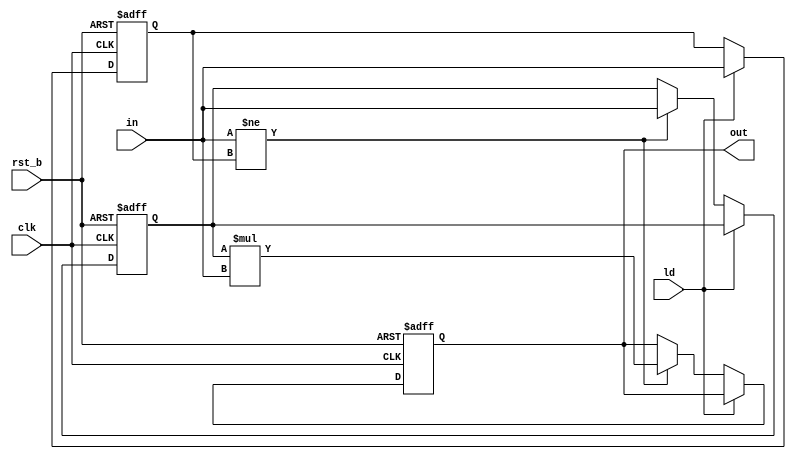
/* Construiti un modul ce inmulteste ultimele 2 valori primite la intrarea pe w biti (parametru, implicit 4), sincron, la fiecare front crescator al semnalului de clk.
Modulul va ignora valori, initial specificat prin parametrul ign, implicit 0. 
Modulul va avea incarcare asincrona, prin intermediul intrarii ld, activa la 1, moment in care, valoarea de la intrare va fi noua valoare de ignorat.
Modulul va avea reset asincron, prin intermediul intrarii rst_b, activa la 0. 
La reset, modulul va reseta valoarea de la iesire si ultima valoare primita pe 0, iar valoare de ignorat inapoi la valoarea parametrului ign. */
module mult_last2 #(
    parameter w = 4,
    parameter ign = 0
)(
    input [w-1:0] in,
    input clk,
    input ld,
    input rst_b,
    output reg [2*w-1:0] out
);

    reg [w-1:0] last_value = ign; // Initialize with ignore value
    reg [w-1:0] ignore = ign;

    always @(posedge clk or negedge rst_b) begin
        if (!rst_b) begin
            out <= 0;
            last_value <= ign;
            ignore <= ign;
        end else begin
            if (ld) begin
                ignore <= in;
            end else if (in != ignore) begin
                out <= last_value * in;
                last_value <= in;
            end
        end
    end
	initial begin
		out=0;
	end

endmodule



module mult_last2_tb0(output reg[31:0] tests_total, tests_passed);
    reg[3:0] in;
    reg clk, ld, rst_b;
    wire[7:0] act_out;
    reg[7:0] exp_out;
    wire verdict;

    mult_last2 uut(.in(in), .clk(clk), .ld(ld), .rst_b(rst_b), .out(act_out));

    assign verdict = exp_out === act_out;
    initial begin
        clk = 0;
        repeat(34) #2 clk = ~clk;
    end

    initial begin
        $display("TESTBENCH 0: Valori implicite ale parametrilor");
        $display("Time\tclk\tld\trst_b\tin\t\texpected_out\tactual_out\tPassed(1)/Failed(0)");
        $monitor("%4t\t%3b\t%2b\t%5b\t%2d\t\t%12d\t%10d\t%18b", $time, clk, ld, rst_b, in, exp_out, act_out, verdict);
        tests_total = 0;
        tests_passed = 0;
        ld = 0;
        rst_b = 1;
        in = 4'd5;
        exp_out = 8'd0;

        #1;
        tests_total = tests_total + 1;
        tests_passed = tests_passed + verdict;

        #1;
        in = 4'd10;
        exp_out = 8'd0;
        tests_total = tests_total + 1;
        #2;
        tests_passed = tests_passed + verdict;
        
        #2;
        in = 4'd5;
        exp_out = 8'd50;
        tests_total = tests_total + 1;
        #1;
        tests_passed = tests_passed + verdict;
        #3;

        in = 4'd0;
        exp_out = 8'd50;
        tests_total = tests_total + 1;
        #1;
        tests_passed = tests_passed + verdict;

        #3;

        in = 4'd5;
        exp_out = 8'd25;
        tests_total = tests_total + 1;
        #1;
        tests_passed = tests_passed + verdict;

        #3;

        in = 4'd2;
        exp_out = 8'd10;
        tests_total = tests_total + 1;
        #1;
        tests_passed = tests_passed + verdict;

        #2;

        in = 4'd10;
        ld = 1;
        tests_total = tests_total + 1;
        #1;
        tests_passed = tests_passed + verdict;


        in = 4'd5;
        ld = 0;
        tests_total = tests_total + 1;
        #1;
        tests_passed = tests_passed + verdict;

        #1;
        in = 4'd10;
        exp_out = 8'd10;
        tests_total = tests_total + 1;
        #1;
        tests_passed = tests_passed + verdict;

        #1;
        in = 4'd13;
        exp_out = 8'd65;
        tests_total = tests_total + 1;
        #1;
        tests_passed = tests_passed + verdict;

        #3;

        in = 4'd13;
        exp_out = 8'd169;
        tests_total = tests_total + 1;
        #1;
        tests_passed = tests_passed + verdict;

        #3;

        in = 4'd15;
        exp_out = 8'd195;
        tests_total = tests_total + 1;
        #1;
        tests_passed = tests_passed + verdict;

        #3;

        in = 4'd15;
        exp_out = 8'd225;
        tests_total = tests_total + 1;
        #1;
        tests_passed = tests_passed + verdict;

        #3;

        in = 4'd0;
        exp_out = 8'd0;
        tests_total = tests_total + 1;
        #1;
        tests_passed = tests_passed + verdict;

        #3;

        in = 4'd10;
        exp_out = 8'd0;
        tests_total = tests_total + 1;
        #1;
        tests_passed = tests_passed + verdict;

        #3;

        in = 4'd3;
        exp_out = 8'd0;
        tests_total = tests_total + 1;
        #1;
        tests_passed = tests_passed + verdict;

        #1;

        in = 4'd10;
        rst_b = 0;
        exp_out = 8'd0;
        tests_total = tests_total + 1;
        #1;
        tests_passed = tests_passed + verdict;

        #1;
        rst_b = 1;
        in = 4'd1;
        exp_out = 8'd0;
        tests_total = tests_total  + 1;
        #1;
        tests_passed = tests_passed + verdict;

        #3;
        in = 4'd10;
        exp_out = 4'd10;
        tests_total = tests_total + 1;
        #1;
        tests_passed = tests_passed + verdict;

        #3;
        in = 4'd0;
        exp_out = 4'd10;
        tests_total = tests_total + 1;
        #1;
        tests_passed = tests_passed + verdict;

    end
endmodule


module mult_last2_tb1(output reg[31:0] tests_total, tests_passed);
    reg[3:0] in;
    reg clk, ld, rst_b;
    wire[7:0] act_out;
    reg[7:0] exp_out;
    wire verdict;

    mult_last2 #(.ign(4'd8)) uut(.in(in), .clk(clk), .ld(ld), .rst_b(rst_b), .out(act_out));

    assign verdict = exp_out === act_out;
    initial begin
        #100;
        clk = 0;
        repeat(34) #2 clk = ~clk;
    end

    initial begin
        #100;
        $display("TESTBENCH 1: Modificat valoarea de ignore");
        $display("Time\tclk\tld\trst_b\tin\t\texpected_out\tactual_out\tPassed(1)/Failed(0)");
        $monitor("%4t\t%3b\t%2b\t%5b\t%2d\t\t%12d\t%10d\t%18b", $time, clk, ld, rst_b, in, exp_out, act_out, verdict);
        tests_total = 0;
        tests_passed = 0;
        ld = 0;
        rst_b = 1;
        in = 4'd5;
        exp_out = 8'd0;

        #1;
        tests_total = tests_total + 1;
        tests_passed = tests_passed + verdict;

        #1;
        in = 4'd10;
        exp_out = 8'd0;
        tests_total = tests_total + 1;
        #2;
        tests_passed = tests_passed + verdict;
        
        #2;
        in = 4'd5;
        exp_out = 8'd50;
        tests_total = tests_total + 1;
        #1;
        tests_passed = tests_passed + verdict;
        #3;

        in = 4'd8;
        exp_out = 8'd50;
        tests_total = tests_total + 1;
        #1;
        tests_passed = tests_passed + verdict;

        #3;

        in = 4'd5;
        exp_out = 8'd25;
        tests_total = tests_total + 1;
        #1;
        tests_passed = tests_passed + verdict;

        #3;

        in = 4'd2;
        exp_out = 8'd10;
        tests_total = tests_total + 1;
        #1;
        tests_passed = tests_passed + verdict;

        #2;

        in = 4'd10;
        ld = 1;
        tests_total = tests_total + 1;
        #1;
        tests_passed = tests_passed + verdict;


        in = 4'd5;
        ld = 0;
        tests_total = tests_total + 1;
        #1;
        tests_passed = tests_passed + verdict;

        #1;
        in = 4'd10;
        exp_out = 8'd10;
        tests_total = tests_total + 1;
        #1;
        tests_passed = tests_passed + verdict;

        #1;
        in = 4'd13;
        exp_out = 8'd65;
        tests_total = tests_total + 1;
        #1;
        tests_passed = tests_passed + verdict;

        #3;

        in = 4'd13;
        exp_out = 8'd169;
        tests_total = tests_total + 1;
        #1;
        tests_passed = tests_passed + verdict;

        #3;

        in = 4'd15;
        exp_out = 8'd195;
        tests_total = tests_total + 1;
        #1;
        tests_passed = tests_passed + verdict;

        #3;

        in = 4'd15;
        exp_out = 8'd225;
        tests_total = tests_total + 1;
        #1;
        tests_passed = tests_passed + verdict;

        #3;

        in = 4'd0;
        exp_out = 8'd0;
        tests_total = tests_total + 1;
        #1;
        tests_passed = tests_passed + verdict;

        #3;

        in = 4'd10;
        exp_out = 8'd0;
        tests_total = tests_total + 1;
        #1;
        tests_passed = tests_passed + verdict;

        #3;

        in = 4'd3;
        exp_out = 8'd0;
        tests_total = tests_total + 1;
        #1;
        tests_passed = tests_passed + verdict;

        #1;

        in = 4'd10;
        rst_b = 0;
        exp_out = 8'd0;
        tests_total = tests_total + 1;
        #1;
        tests_passed = tests_passed + verdict;

        #1;
        rst_b = 1;
        in = 4'd1;
        exp_out = 8'd0;
        tests_total = tests_total  + 1;
        #1;
        tests_passed = tests_passed + verdict;

        #3;
        in = 4'd10;
        exp_out = 4'd10;
        tests_total = tests_total + 1;
        #1;
        tests_passed = tests_passed + verdict;

        #3;
        in = 4'd8;
        exp_out = 4'd10;
        tests_total = tests_total + 1;
        #1;
        tests_passed = tests_passed + verdict;

    end
endmodule

module mult_last2_tb2(output reg[31:0] tests_total, tests_passed);
    reg[5:0] in;
    reg clk, ld, rst_b;
    wire[11:0] act_out;
    reg[11:0] exp_out;
    wire verdict;

    mult_last2#(.w(6)) uut(.in(in), .clk(clk), .ld(ld), .rst_b(rst_b), .out(act_out));

    assign verdict = exp_out === act_out;
    initial begin
        #200;
        clk = 0;
        repeat(34) #2 clk = ~clk;
    end

    initial begin
        #200;
        $display("TESTBENCH 2: Modificat numarul de biti");
        $display("Time\tclk\tld\trst_b\tin\t\texpected_out\tactual_out\tPassed(1)/Failed(0)");
        $monitor("%4t\t%3b\t%2b\t%5b\t%2d\t\t%12d\t%10d\t%18b", $time, clk, ld, rst_b, in, exp_out, act_out, verdict);
        tests_total = 0;
        tests_passed = 0;
        ld = 0;
        rst_b = 1;
        in = 6'd5;
        exp_out = 12'd0;

        #1;
        tests_total = tests_total + 1;
        tests_passed = tests_passed + verdict;

        #1;
        in = 6'd10;
        exp_out = 12'd0;
        tests_total = tests_total + 1;
        #2;
        tests_passed = tests_passed + verdict;
        
        #2;
        in = 6'd5;
        exp_out = 12'd50;
        tests_total = tests_total + 1;
        #1;
        tests_passed = tests_passed + verdict;
        #3;

        in = 6'd0;
        exp_out = 12'd50;
        tests_total = tests_total + 1;
        #1;
        tests_passed = tests_passed + verdict;

        #3;

        in = 6'd5;
        exp_out = 12'd25;
        tests_total = tests_total + 1;
        #1;
        tests_passed = tests_passed + verdict;

        #3;

        in = 6'd2;
        exp_out = 12'd10;
        tests_total = tests_total + 1;
        #1;
        tests_passed = tests_passed + verdict;

        #2;

        in = 6'd10;
        ld = 1;
        tests_total = tests_total + 1;
        #1;
        tests_passed = tests_passed + verdict;


        in = 6'd5;
        ld = 0;
        tests_total = tests_total + 1;
        #1;
        tests_passed = tests_passed + verdict;

        #1;
        in = 6'd10;
        exp_out = 12'd10;
        tests_total = tests_total + 1;
        #1;
        tests_passed = tests_passed + verdict;

        #1;
        in = 6'd13;
        exp_out = 12'd65;
        tests_total = tests_total + 1;
        #1;
        tests_passed = tests_passed + verdict;

        #3;

        in = 6'd13;
        exp_out = 12'd169;
        tests_total = tests_total + 1;
        #1;
        tests_passed = tests_passed + verdict;

        #3;

        in = 6'd63;
        exp_out = 12'd819;
        tests_total = tests_total + 1;
        #1;
        tests_passed = tests_passed + verdict;

        #3;

        in = 6'd63;
        exp_out = 12'd3969;
        tests_total = tests_total + 1;
        #1;
        tests_passed = tests_passed + verdict;

        #3;

        in = 6'd0;
        exp_out = 12'd0;
        tests_total = tests_total + 1;
        #1;
        tests_passed = tests_passed + verdict;

        #3;

        in = 6'd10;
        exp_out = 12'd0;
        tests_total = tests_total + 1;
        #1;
        tests_passed = tests_passed + verdict;

        #3;

        in = 6'd3;
        exp_out = 12'd0;
        tests_total = tests_total + 1;
        #1;
        tests_passed = tests_passed + verdict;

        #1;

        in = 6'd10;
        rst_b = 0;
        exp_out = 12'd0;
        tests_total = tests_total + 1;
        #1;
        tests_passed = tests_passed + verdict;

        #1;
        rst_b = 1;
        in = 6'd1;
        exp_out = 12'd0;
        tests_total = tests_total  + 1;
        #1;
        tests_passed = tests_passed + verdict;

        #3;
        in = 6'd10;
        exp_out = 6'd10;
        tests_total = tests_total + 1;
        #1;
        tests_passed = tests_passed + verdict;

        #3;
        in = 6'd0;
        exp_out = 6'd10;
        tests_total = tests_total + 1;
        #1;
        tests_passed = tests_passed + verdict;

    end
endmodule

module mult_last_2_tb;
    wire[31:0] tests_total_0, tests_total_1, tests_total_2, tests_passed_0, tests_passed_1, tests_passed_2;
    integer nota;

    mult_last2_tb0 tb_0(.tests_total(tests_total_0), .tests_passed(tests_passed_0));
    mult_last2_tb1 tb_1(.tests_total(tests_total_1), .tests_passed(tests_passed_1));
    mult_last2_tb2 tb_2(.tests_total(tests_total_2), .tests_passed(tests_passed_2));
    wire[31:0] tests_total_tb;
    wire[31:0] tests_passed_tb;
    assign tests_total_tb = tests_total_0 + tests_total_1  + tests_total_2;
    assign tests_passed_tb = tests_passed_0 + tests_passed_1 + tests_passed_2;
    initial begin
        #300;
        $display("All Passed / All Total: %3d / %3d", tests_passed_tb, tests_total_tb);
        nota = tests_passed_tb * 250 / tests_total_tb;
        $display("Nota: %1d.%02d", nota / 100, nota % 100);
    end
endmodule